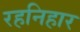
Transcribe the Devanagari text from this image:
रहनिहार